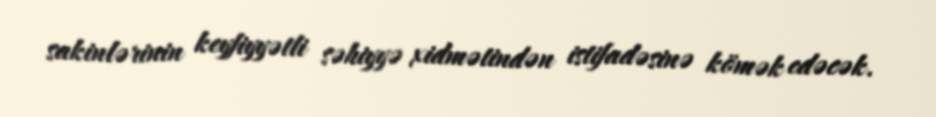
sakinlərinin keyfiyyətli səhiyyə xidmətindən istifadəsinə kömək edəcək.